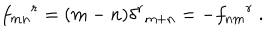
LaTeX: { f _ { m n } } ^ { r } = ( m - n ) { \delta ^ { r } } _ { m + n } = - { f _ { n m } } ^ { r } ~ .